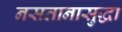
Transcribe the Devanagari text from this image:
नसतानासुद्धा